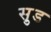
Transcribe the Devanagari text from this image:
सु़ड